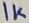
Text: 1K